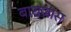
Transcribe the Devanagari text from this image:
बाराजास